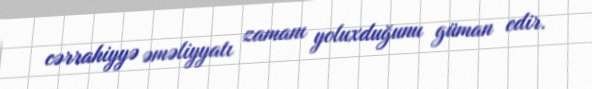
cərrahiyyə əməliyyatı zamanı yoluxduğunu güman edir.